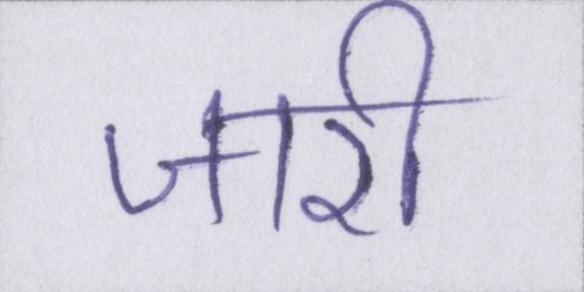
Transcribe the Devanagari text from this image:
जारी